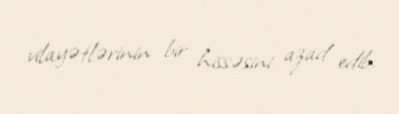
vilayətlərinin bir hissəsini azad edib.